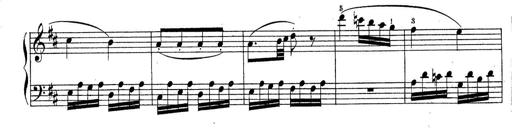
Title: Sonatine No.3
Composer: Peter Piel
Key: D major